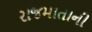
રાજમાતાની